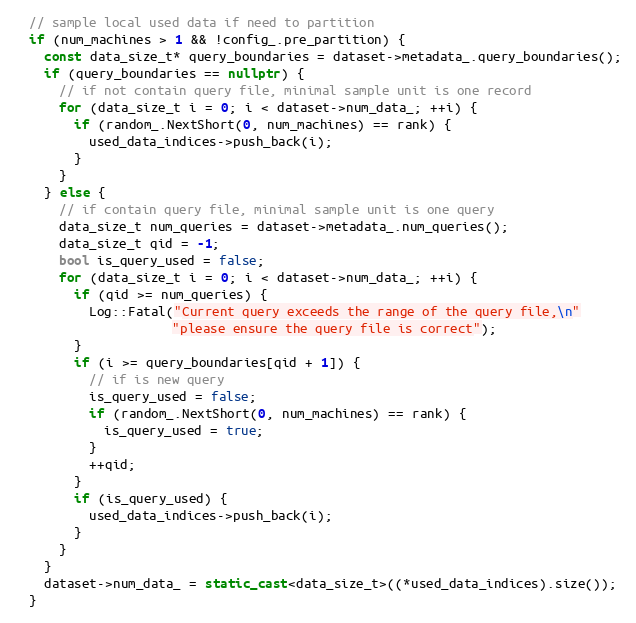
Language: C++
  // sample local used data if need to partition
  if (num_machines > 1 && !config_.pre_partition) {
    const data_size_t* query_boundaries = dataset->metadata_.query_boundaries();
    if (query_boundaries == nullptr) {
      // if not contain query file, minimal sample unit is one record
      for (data_size_t i = 0; i < dataset->num_data_; ++i) {
        if (random_.NextShort(0, num_machines) == rank) {
          used_data_indices->push_back(i);
        }
      }
    } else {
      // if contain query file, minimal sample unit is one query
      data_size_t num_queries = dataset->metadata_.num_queries();
      data_size_t qid = -1;
      bool is_query_used = false;
      for (data_size_t i = 0; i < dataset->num_data_; ++i) {
        if (qid >= num_queries) {
          Log::Fatal("Current query exceeds the range of the query file,\n"
                     "please ensure the query file is correct");
        }
        if (i >= query_boundaries[qid + 1]) {
          // if is new query
          is_query_used = false;
          if (random_.NextShort(0, num_machines) == rank) {
            is_query_used = true;
          }
          ++qid;
        }
        if (is_query_used) {
          used_data_indices->push_back(i);
        }
      }
    }
    dataset->num_data_ = static_cast<data_size_t>((*used_data_indices).size());
  }